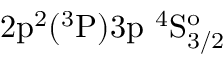
\mathrm { 2 p ^ { 2 } ( ^ { 3 } P ) 3 p ~ ^ { 4 } S _ { 3 / 2 } ^ { o } }